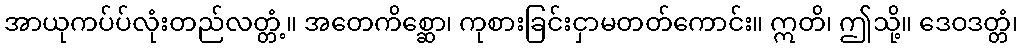
အာယုကပ်ပ်လုံးတည်လတ္တံ့။ အတေကိစ္ဆော၊ ကုစားခြင်းငှာမတတ်ကောင်း။ ဣတိ၊ ဤသို့။ ဒေဝဒတ္တံ၊